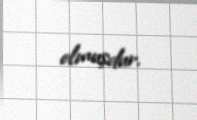
olmuşdur.